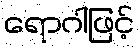
ရောဂါဖြင့်